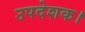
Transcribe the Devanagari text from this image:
उपदेशक।